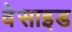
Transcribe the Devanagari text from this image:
वेसाइड